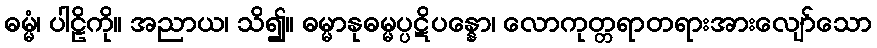
ဓမ္မံ၊ ပါဠိကို။ အညာယ၊ သိ၍။ ဓမ္မာနုဓမ္မပ္ပဋိပန္နော၊ လောကုတ္တရာတရားအားလျော်သော